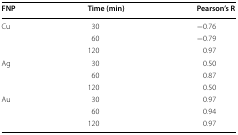
<table><thead><tr><td><b>FNP</b></td><td><b>Time (min)</b></td><td><b>Pearson’s R</b></td></tr></thead><tbody><tr><td rowspan="3">Cu</td><td>30</td><td>−0.76</td></tr><tr><td>60</td><td>−0.79</td></tr><tr><td>120</td><td>0.97</td></tr><tr><td rowspan="3">Ag</td><td>30</td><td>0.50</td></tr><tr><td>60</td><td>0.87</td></tr><tr><td>120</td><td>0.50</td></tr><tr><td rowspan="3">Au</td><td>30</td><td>0.97</td></tr><tr><td>60</td><td>0.94</td></tr><tr><td>120</td><td>0.97</td></tr></tbody></table>